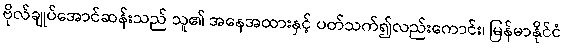
ဗိုလ်ချုပ်အောင်ဆန်းသည် သူ၏ အနေအထားနှင့် ပတ်သက်၍လည်းကောင်း၊ မြန်မာနိုင်ငံ